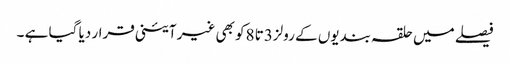
فیصلے میں حلقہ بندیوں کے رولز3تا 8کو بھی غیر آئینی قرار دیا گیا ہے ۔